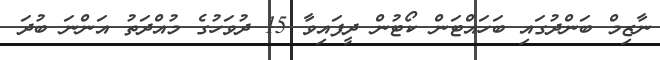
ނާޒިމް ބަންދުގައި ބަހައްޓަން ކޯޓުން ދީފައިވާ 15 ދުވަހުގެ މުއްދަތު އަންނަ ބުދަ